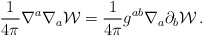
\begin{align*}\frac{1}{4\pi}\nabla^a\nabla_a {\cal W}=\frac{1}{4\pi}g^{ab}\nabla_a\partial_b {\cal W}\,.\end{align*}